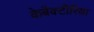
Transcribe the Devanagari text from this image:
केबैक्टीरिया